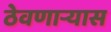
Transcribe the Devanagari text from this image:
ठेवणाऱ्यास